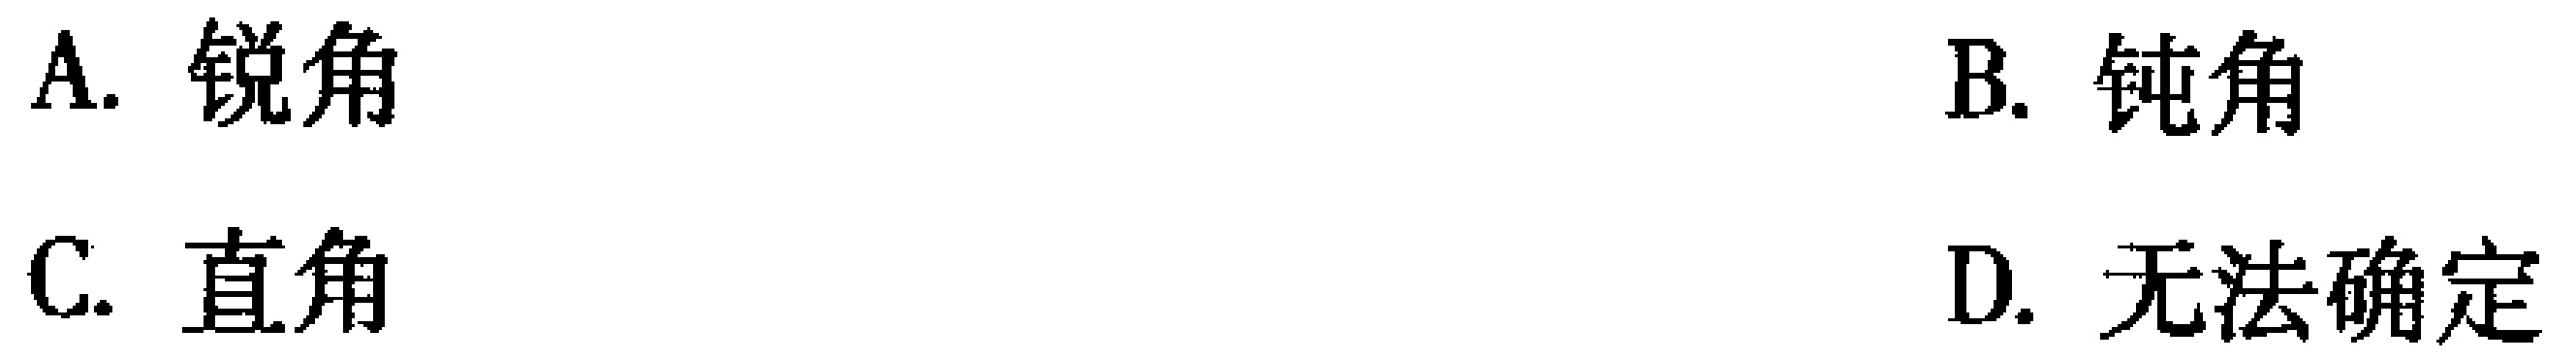
A. 锐角
B. 钝角
C. 直角
D. 无法确定